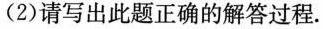
(2) 请写出此题正确的解答过程.